Some observations on the morphology and mechanism of the parts in the orthorrapha - Number 58
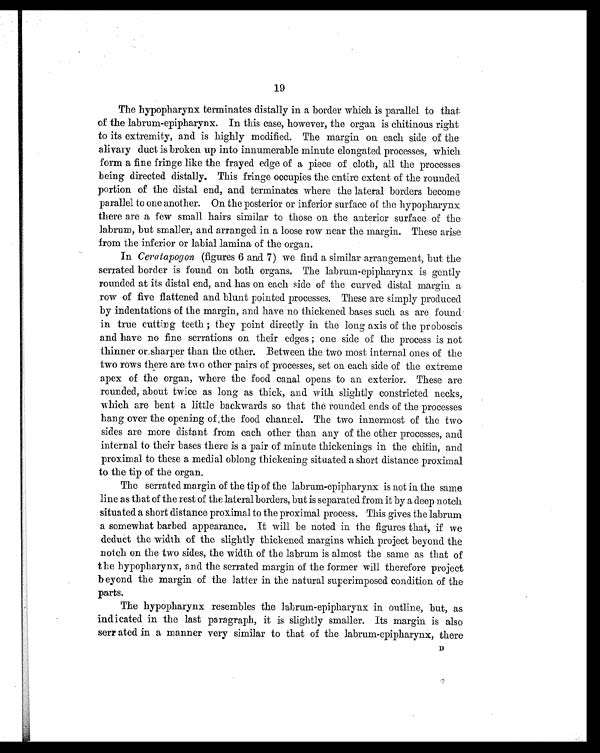
19
The hypopharynx terminates distally in a border which is parallel to that
of the labrum-epipharynx. In this case, however, the organ is chitinous right
to its extremity, and is highly modified. The margin on each side of the'
alivary duct is broken up into innumerable minute elongated processes, which
form a fine fringe like the frayed edge of a piece of cloth, all the processes
being directed distally. This fringe occupies the entire extent of the rounded
portion of the distal end, and terminates where the lateral borders become'
parallel to one another. On the posterior or inferior surface of the hypopharynx
there are a few small hairs similar to those on the anterior surface of the
labrum, but smaller, and arranged in a loose row near the margin. These arise
from the inferior or labial lamina of the organ.
In Ceratapogon (figures 6 and 7) we find a similar arrangement, but the
serrated border is found on both organs. The labrum-epipharynx is gently
rounded at its distal end, and has on each side of the curved distal margin a
row of five flattened and blunt pointed processes. These are simply produced
by indentations of the margin, and have no thickened bases such as are found
in true cutting teeth ; they point directly in the long axis of the proboscis
and have no fine serrations on their edges ; one side of the process is not
thinner or sharper than the other. Between the two most internal ones of the
two rows there are two other pairs of processes, set on each side of the extreme
apex of the organ, where the food canal opens to an exterior. These are
rounded, about twice as long as thick, and with slightly constricted necks,
which are bent a little backwards so that the rounded ends of the processes
hang over the opening of ,the food channel. The two innermost of the two
sides are more distant from each other than any of the other processes, and
internal to their bases there is a pair of minute thickenings in the chitin, and
proximal to these a medial oblong thickening situated a short distance proximal
to the tip of the organ.
The serrated margin of the tip of the labrum-epipharynx is not in the same
line as that of the rest of the lateral borders, but is separated from it by a deep notch
situated a short distance proximal to the proximal process. This gives the labrum
a somewhat barbed appearance. It will be noted in the figures that, if we
deduct the width of the slightly thickened margins which project beyond the
notch on the two sides, the width of the labrum is almost the same as that of
the hypopharynx, and the serrated margin of the former will therefore project.
beyond the margin of the latter in the natural superimposed condition of the
parts.
The hypopharynx resembles the labrum-epipharynx in outline, but, as
indicated in the last paragraph, it is slightly smaller. Its margin is also
serr ated in a manner very similar to that of the labrum-epipharynx, there D